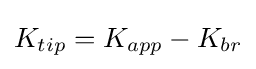
K_{tip}=K_{app}-K_{br}